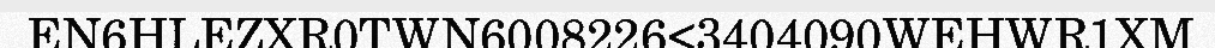
EN6HLEZXR0TWN6008226<3404090WEHWR1XM